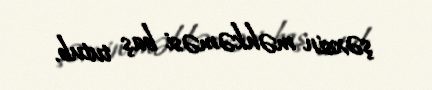
şəxsin məhkəməsi baş tutub.